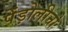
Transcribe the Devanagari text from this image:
पेंड़ोलीनो